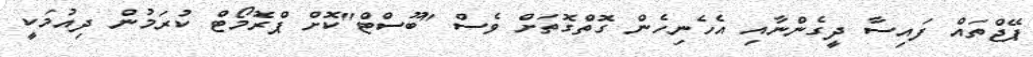
ޕޭޖްތައް ފައިސާ ދީގެންނާއި އެހެނިހެން ގޮތްގޮތަށް ވެސް "ބޫސްޓް"ކޮށް ޕްރޮމޯޓް ކުރަމުން ދިއުމަކީ